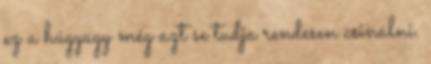
ez a húgyagy még azt se tudja rendesen csinálni.